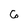
Character: 6